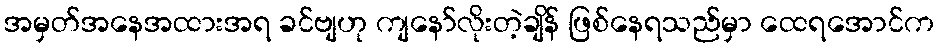
အမှတ်အနေအထားအရ ခင်ဗျဟု ကျနော်လိုးတဲ့ချိန် ဖြစ်နေရသည်မှာ ထေရအောင်က